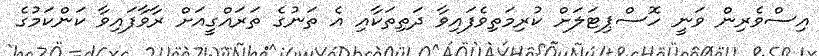
އިސްވެރިން ވަނީ ހޮސްޕިޓަލަށް ކުރިމަތިވެފައިވާ ދަތިތަކާއި އެ ތަނުގެ ތަރައްގީއަށް ރާވާފައިވާ ކަންކަމުގެ